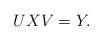
LaTeX: \begin{align*}UXV=Y.\end{align*}